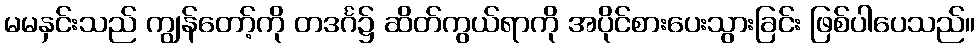
မမနှင်းသည် ကျွန်တော့်ကို တဒင်္ဂ၌ ဆိတ်ကွယ်ရာကို အပိုင်စားပေးသွားခြင်း ဖြစ်ပါပေသည်။